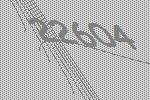
22604